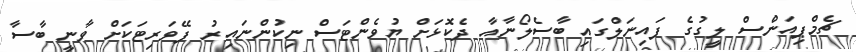
ޗެމްޕިއަންސް ލީގުގެ ފައިނަލްގައި ބާސެލޯނާއާ ދެކޮޅަށް ޔުވެންޓަސް ނިކުންނައިރު ފޭވަރިޓަކަށް ވާނީ ބާސާ